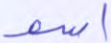
اسم